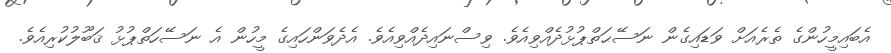
އެބައިމީހުންގެ ތެރެއަށް ވަޑައިގެން ނަސޭޙަތްޕުޅުދެއްވިއެވެ. ވިސްނައިދެއްވިއެވެ. އެދެވަންހައިގެ މީހުން އެ ނަސޭހަތްޕުޅު ޤަބޫލުކުރިއެވެ.